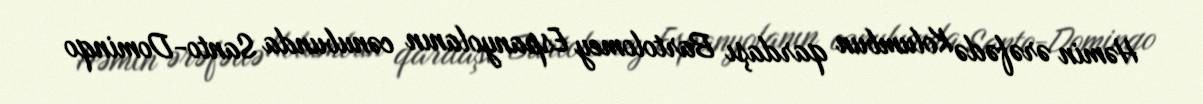
Həmin ərəfədə Kolumbun qardaşı Bartolomey Espanyolanın cənubunda Santo-Dominqo